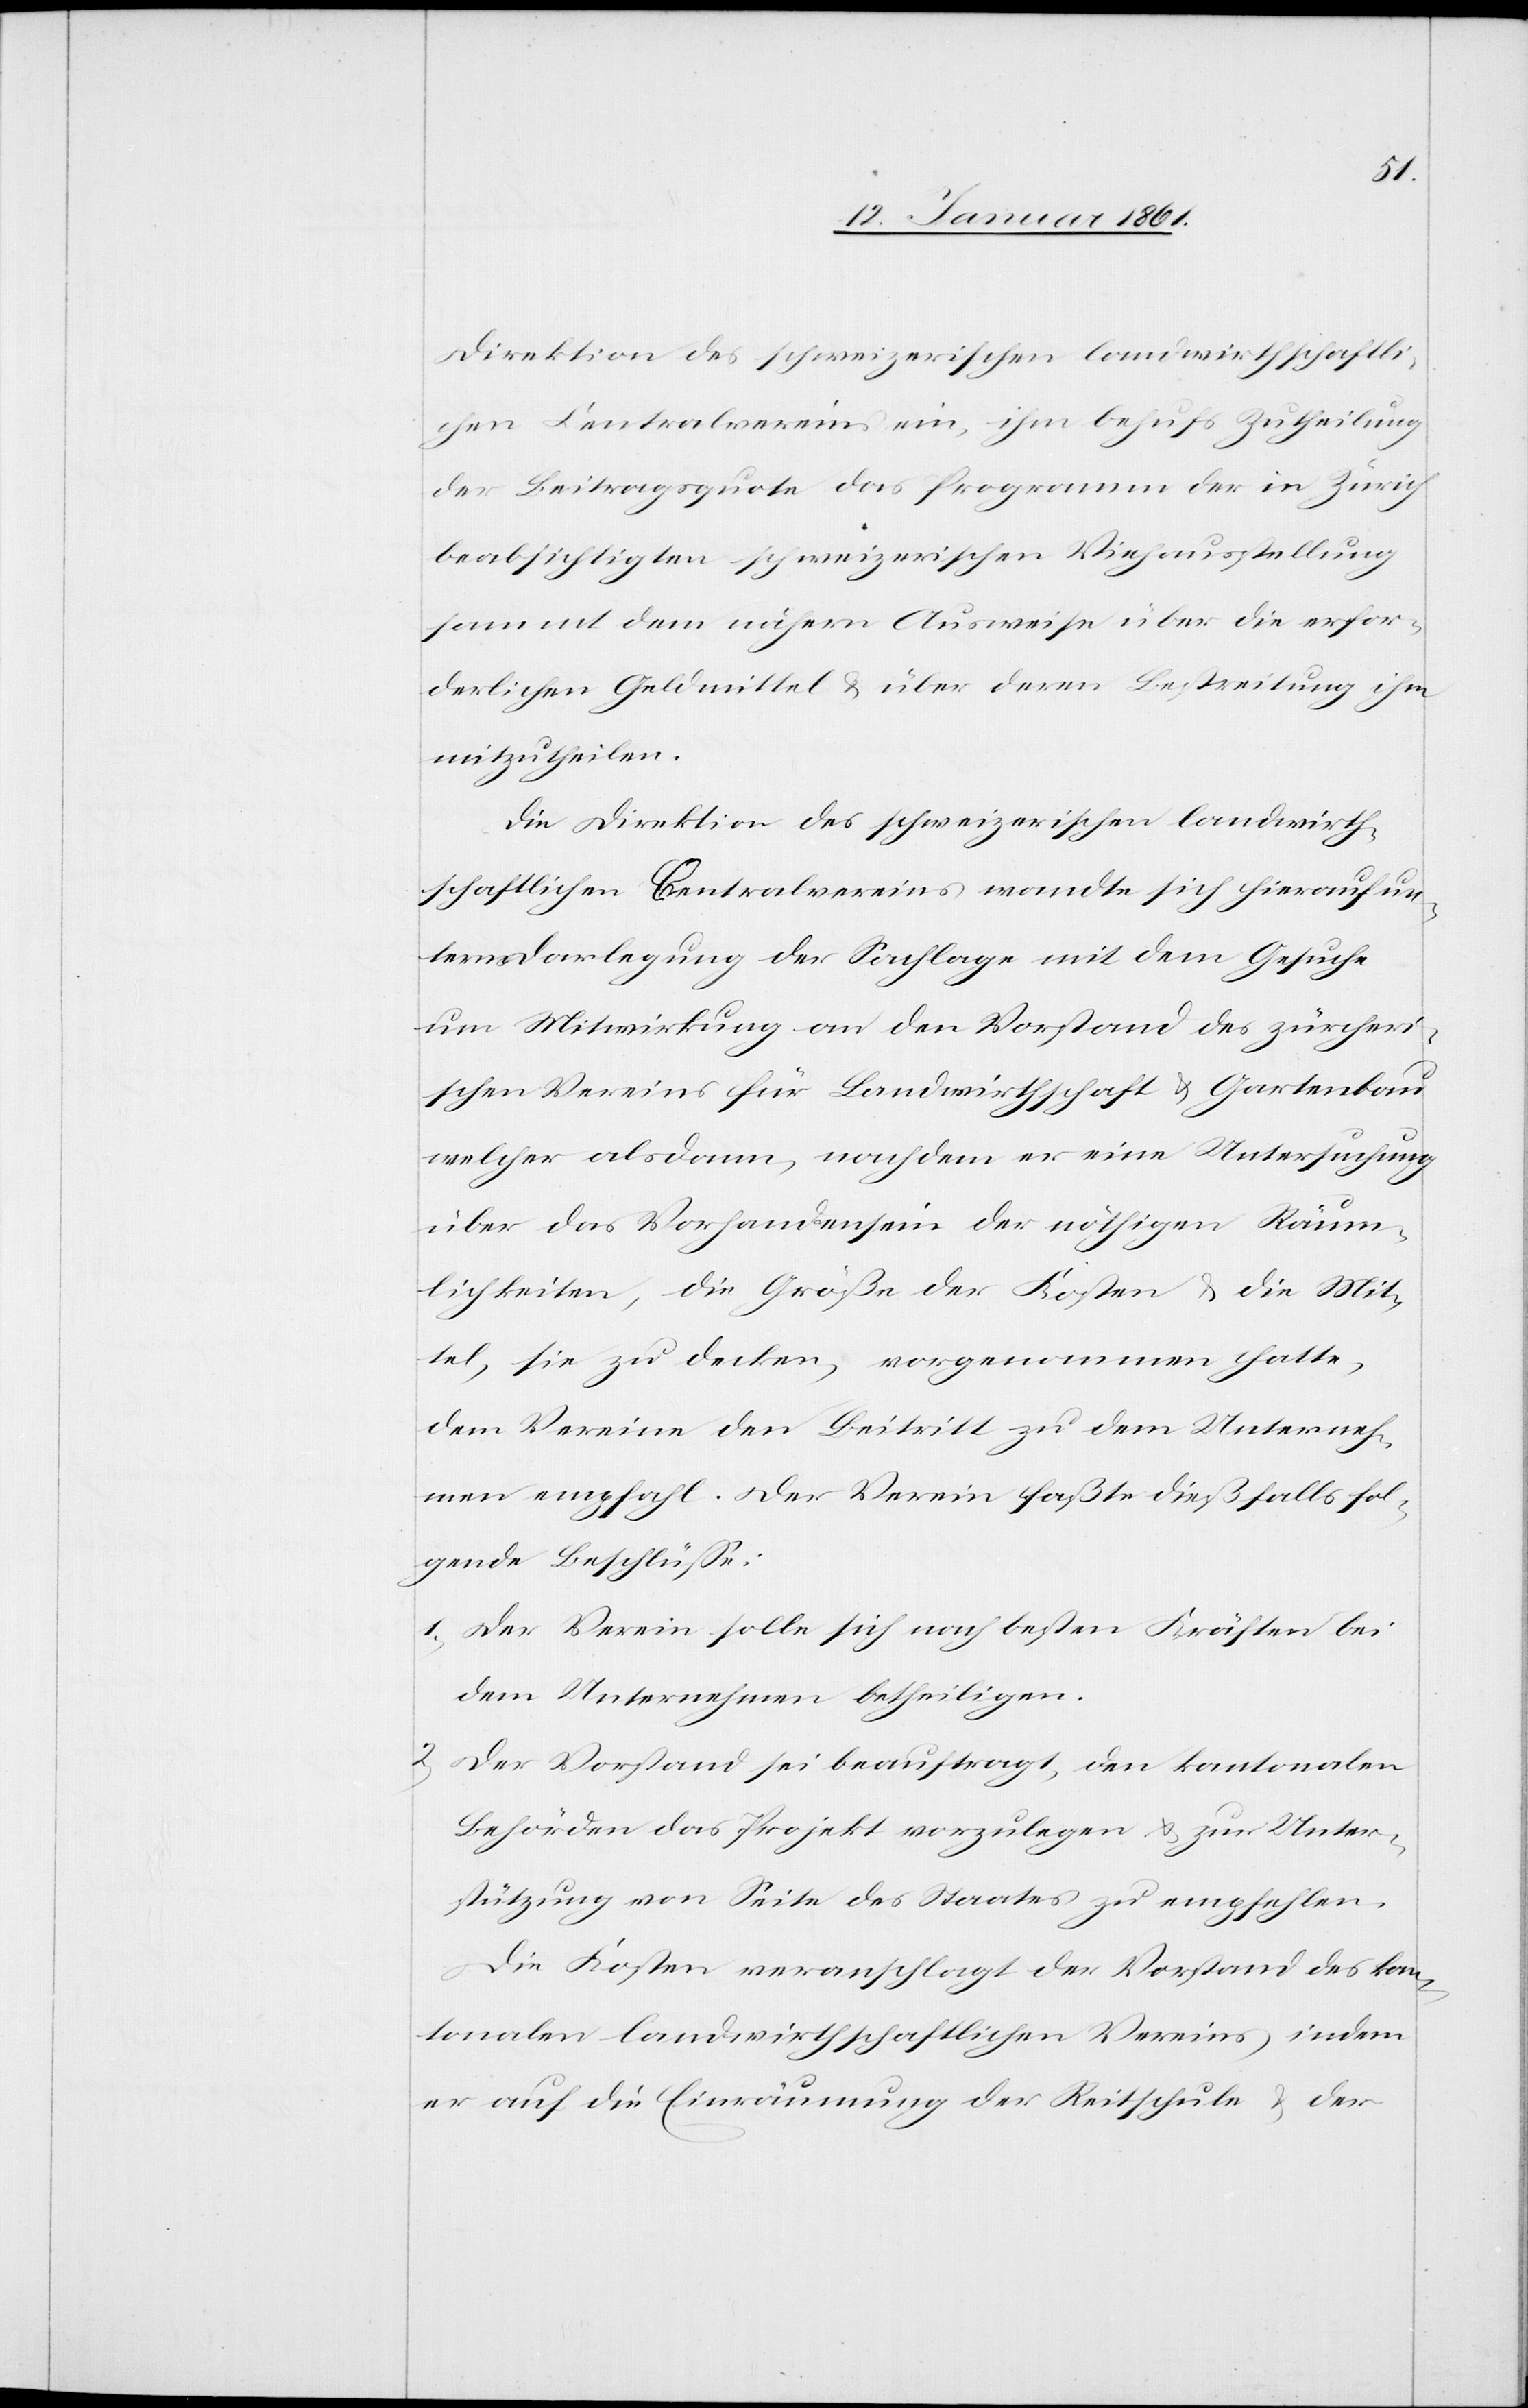
Direktion des schweizerischen landwirthschaftli¬
chen Centralvereins ein, ihm behufs Zutheilung
der Beitragsquote das Programm der in Zürich
beabsichtigten schweizerischen Viehausstellung
sammt dem nähern Ausweise über die erfor¬
derlichen Geldmittel u. über deren Bestreitung ihm
mitzutheilen.
Die Direktion des schweizerischen landwirth¬
schaftlichen Centralvereins wandte sich hierauf un¬
ter Darlegung der Sachlage mit dem Gesuche
um Mitwirkung an den Vorstand des zürcheri¬
schen Vereins für Landwirthschaft u. Gartenbau
welcher alsdann, nachdem er eine Untersuchung
über das Vorhandensein der nöthigen Räum¬
lichkeiten, die Größe der Kosten u. die Mit¬
tel, sie zu decken, vorgenommen hatte,
dem Vereine den Beitritt zu dem Unterneh¬
men empfahl. Der Verein faßte dießfalls fol¬
gende Beschlüsse:
1) Der Verein solle sich nach besten Kräften bei
dem Unternehmen betheiligen.
Der Vorstand sei beauftragt, den kantonalen
Behörden das Projekt vorzulegen u. zur Unter¬
stützung von Seite des Staates zu empfehlen.
Die Kosten veranschlagt der Vorstand des kan¬
tonalen landwirthschaftlichen Vereins indem
er auf die Einräumung der Reitschule u. der